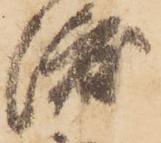
渡